Report on the bubonic plague in Bombay, 1896-1897
Year: 1896
Disease focus: Plague
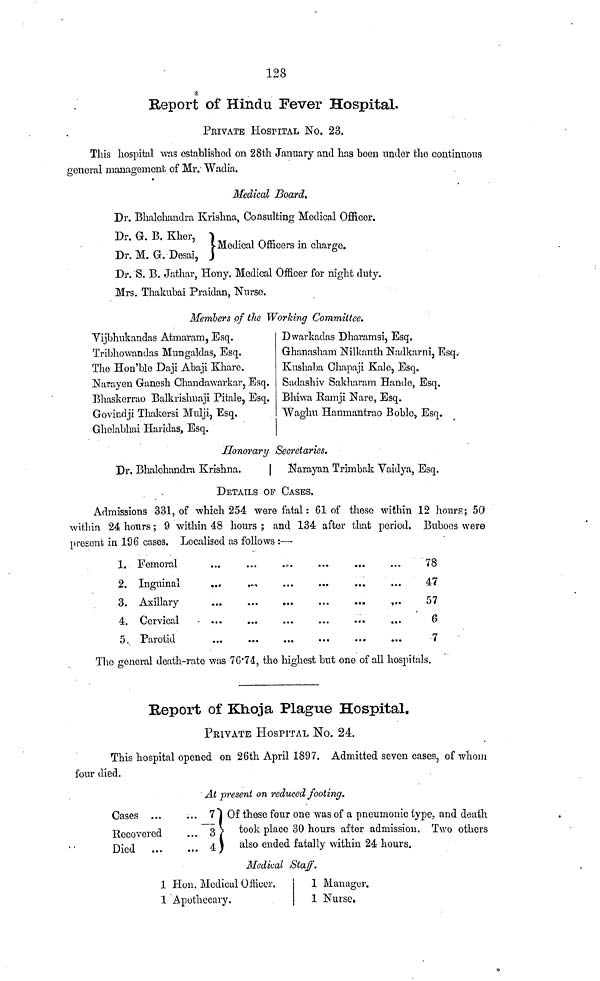
128
Report of Hindu Fever Hospital.
PRIVATE HOSPITAL No. 23.
This hospital was established on 28th January and has been under the continuous
general management of Mr. Wadia.
Medical Board.
Dr. Bhalchandra Krishna, Consulting Medical Officer.
Dr. G. B. Kher,
Medical Officers in charge.
Dr. M. G. Desai,
Dr. S. B. Jathar, Hony. Medical Officer for night duty.
Mrs. Thakubai Praidan, Nurse,
Members of the Working Committee.
Yijbhukandas Atmaram, Esq.
Dwarkadas Dharamsi, Esq.
Tribhowandas Mungaldas, Esq.
Ghanasham Nilkanth Nadkarni, Esq.
The Hon'ble Daji Abaji Khare.
Kushaba Chapaji Kale, Esq.
Narayen Ganesh Chandawarkar, Esq. Sadashiv Sakharam Hande, Esq.
Bhaskerrao Balkrishnaji Pitale, Esq. Bhiwa Ramji Nare, Esq.
Govindji Thakersi Mulji, Esq.
Waghu Hanmantrao Boble, Esq.
Ghelabhai Haridas, Esq.
Honorary Secretaries.
Dr. Bhalchandra Krishna.
Narayan Trimbak Vaidya, Esq.
DETAILS OF CASES,
Admissions 331, of which 254 were fatal : 61 of these within 12 hours ; 50
within 24 hours ; 9 within 48 hours ; and 134 after that period. Buboes were
present in 196 cases. Localised as follows :—
1. Femoral ... ... ... ... ... ... ...
2. Inguinal ... ... ... ... ... ... ...
3. Axillary ... ... ... ... ... ... ...
4. Cervical ... ... ... ... ... ... ...
5, Parotid ... ... ... ... ... ... ...
78
47
57
6
7
The general death-rate was 76.74, the highest but one of all hospitals.
Report of Khoja Plague Hospital.
PRIVATE HOSPITAL No. 24.
This hospital opened on 26th April 1897. Admitted seven cases, of whom
four died.
At present on reduced footing.
Cases ...
Recovered
Died
...
...
7
... 3
... 4
Of these four one was of a pneumonic type, and death
took place 30 hours after admission. Two others
also ended fatally within 24 hours.
Medical Staff.
1 Hon. Medical Offecer.
1 Apothecary.
1 Manager.
1 Nurse,